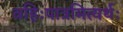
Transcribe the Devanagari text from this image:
वहिःपात्रमित्यर्थः